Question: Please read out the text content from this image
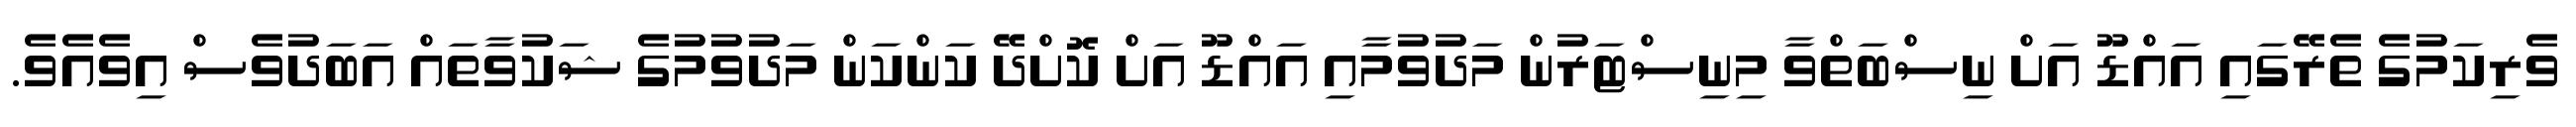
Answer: ވެރިކަމުގެ ތެރޭގައި އައްޑޫ އަށް ނިސްބަތްވާ މިނިސްޓަރުން މަދުވުމާއި އައްޑޫ އަށް ކޮށްދޭ ކަންކަން މަދުވުމުގެ ޝަކުވާތައް އަބަދުވެސް އިވެއެވެ.